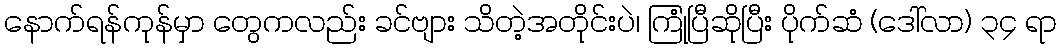
နောက်ရန်ကုန်မှာ တွေကလည်း ခင်ဗျား သိတဲ့အတိုင်းပဲ၊ ကြုံပြီဆိုပြီး ပိုက်ဆံ (ဒေါ်လာ) ၃၄ ရာ